DOW-UAP-D74, Mission Report, Syria, November 2023
Agency: Department of War
Incident date: 11/9/23
Incident location: Syria
Page 10
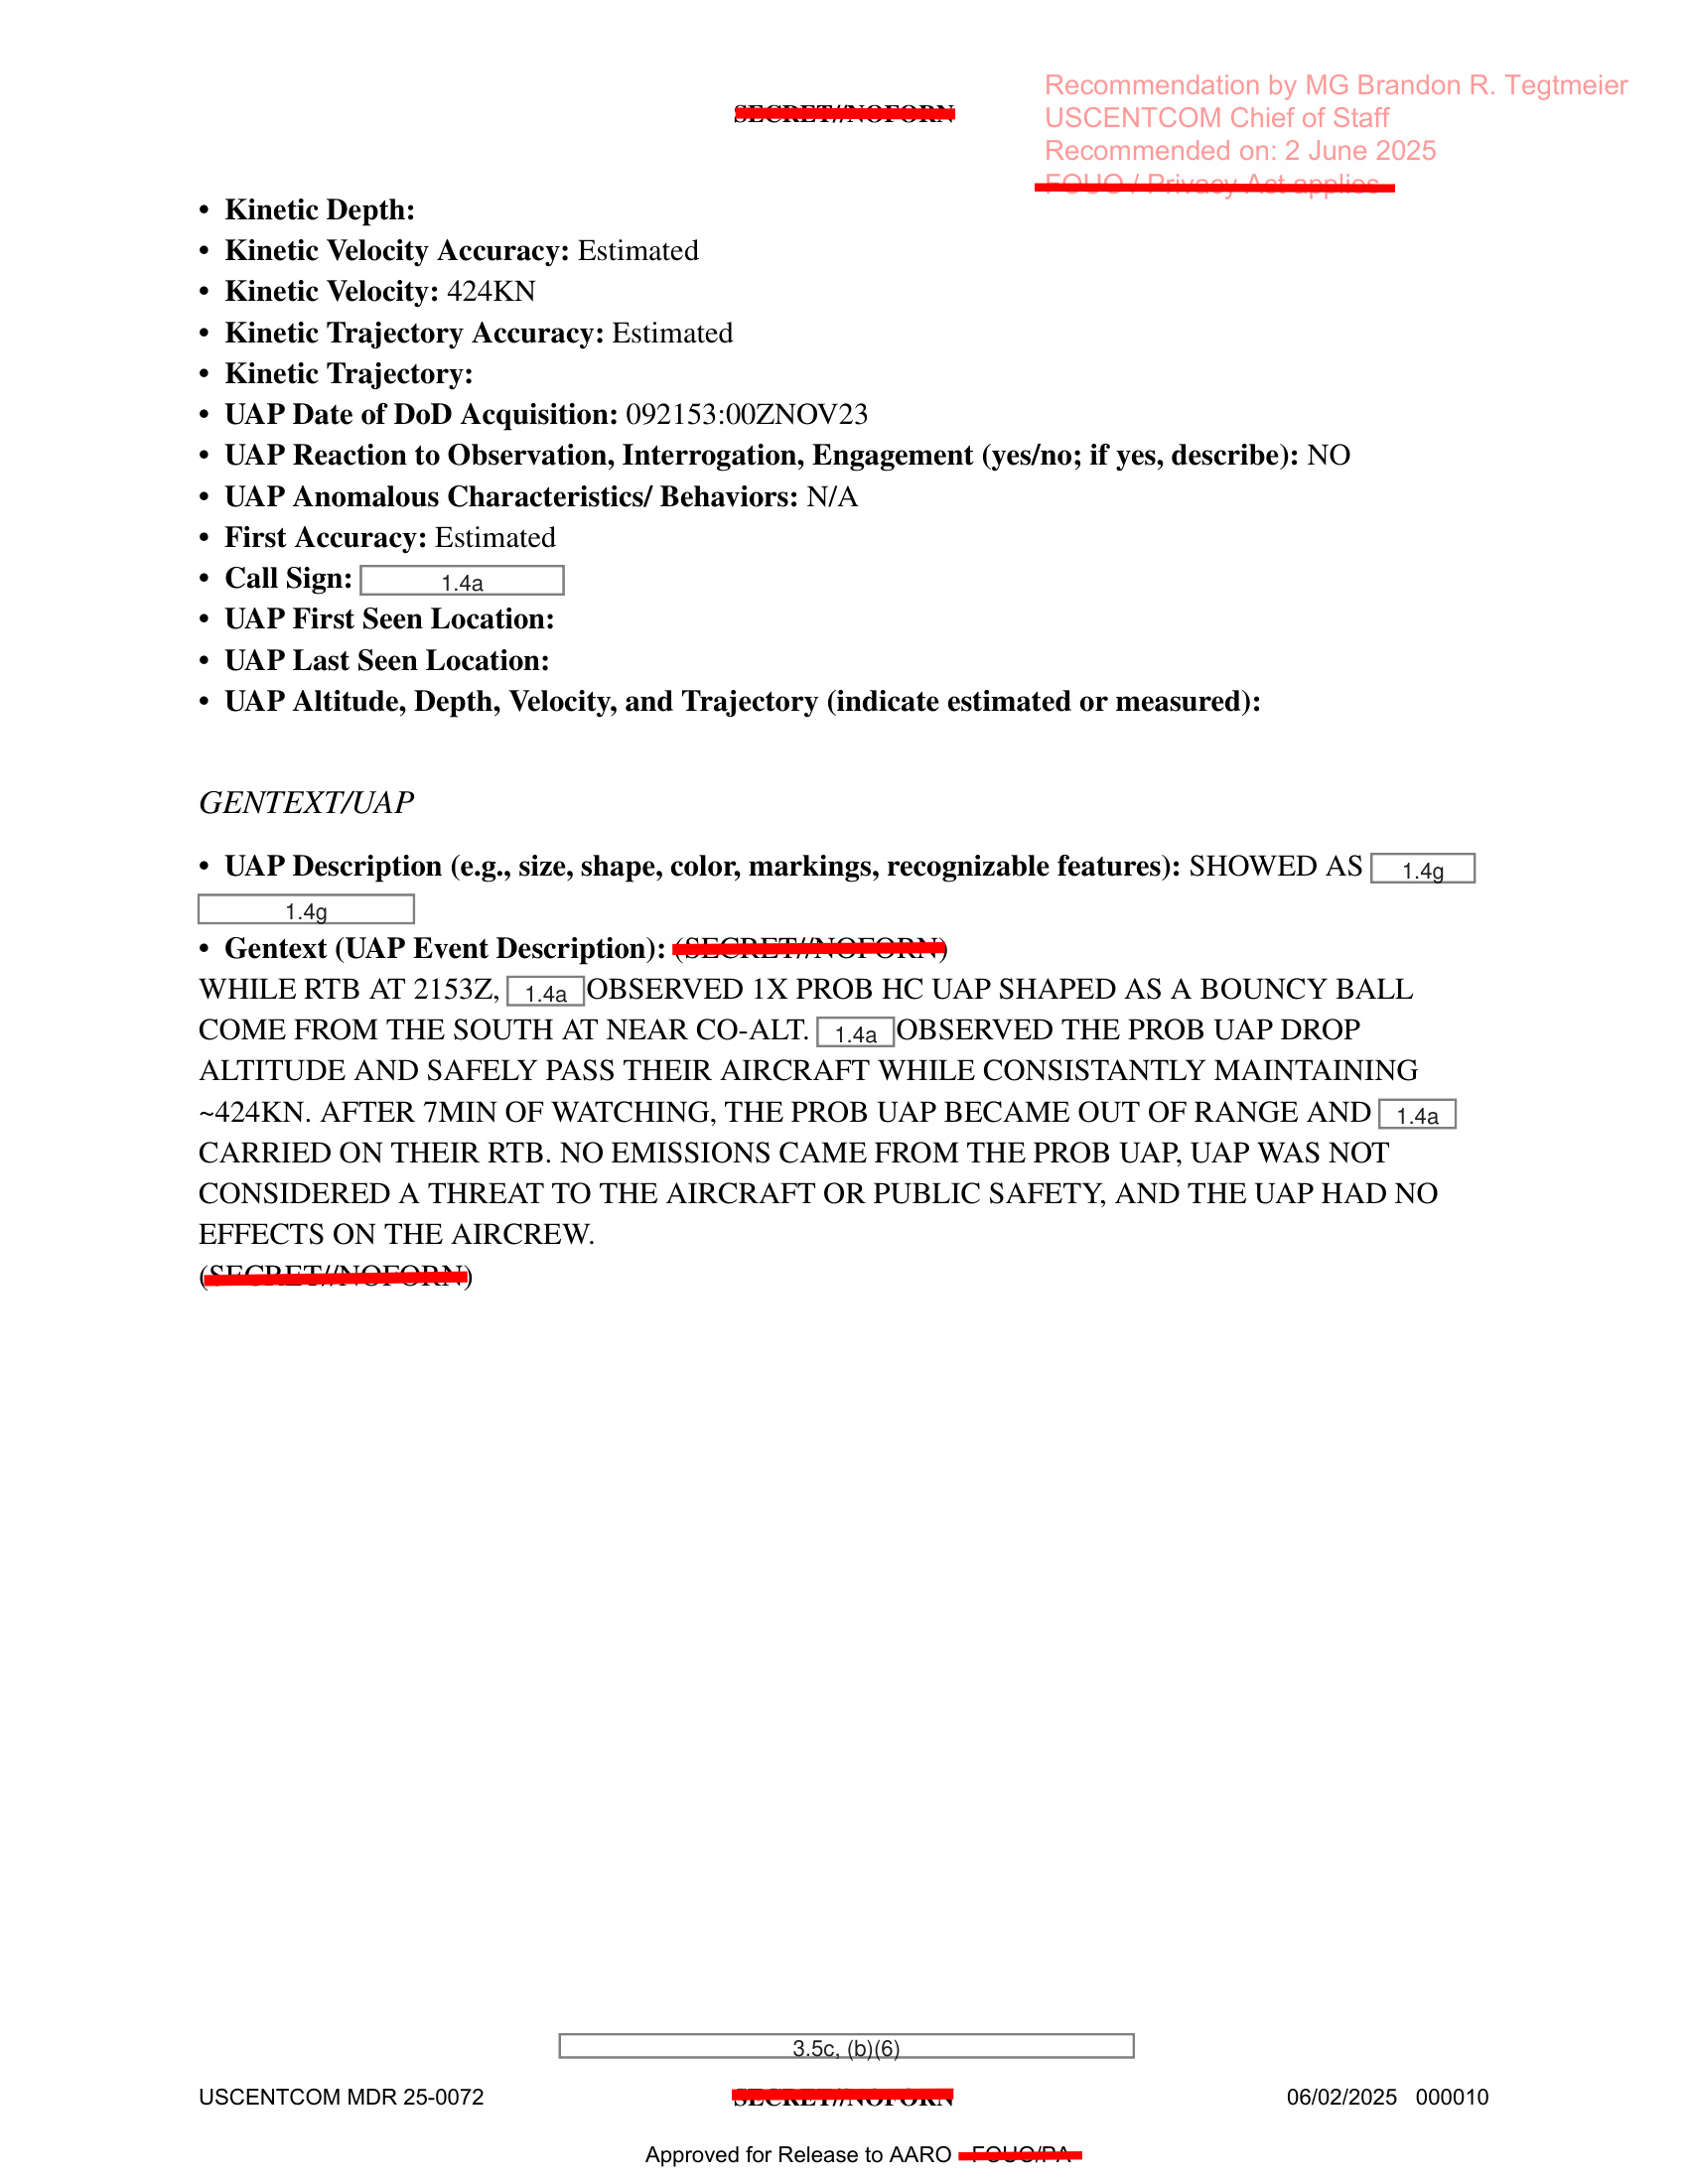